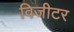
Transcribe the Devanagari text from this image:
विजीटर